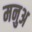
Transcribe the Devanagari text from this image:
मनुअ